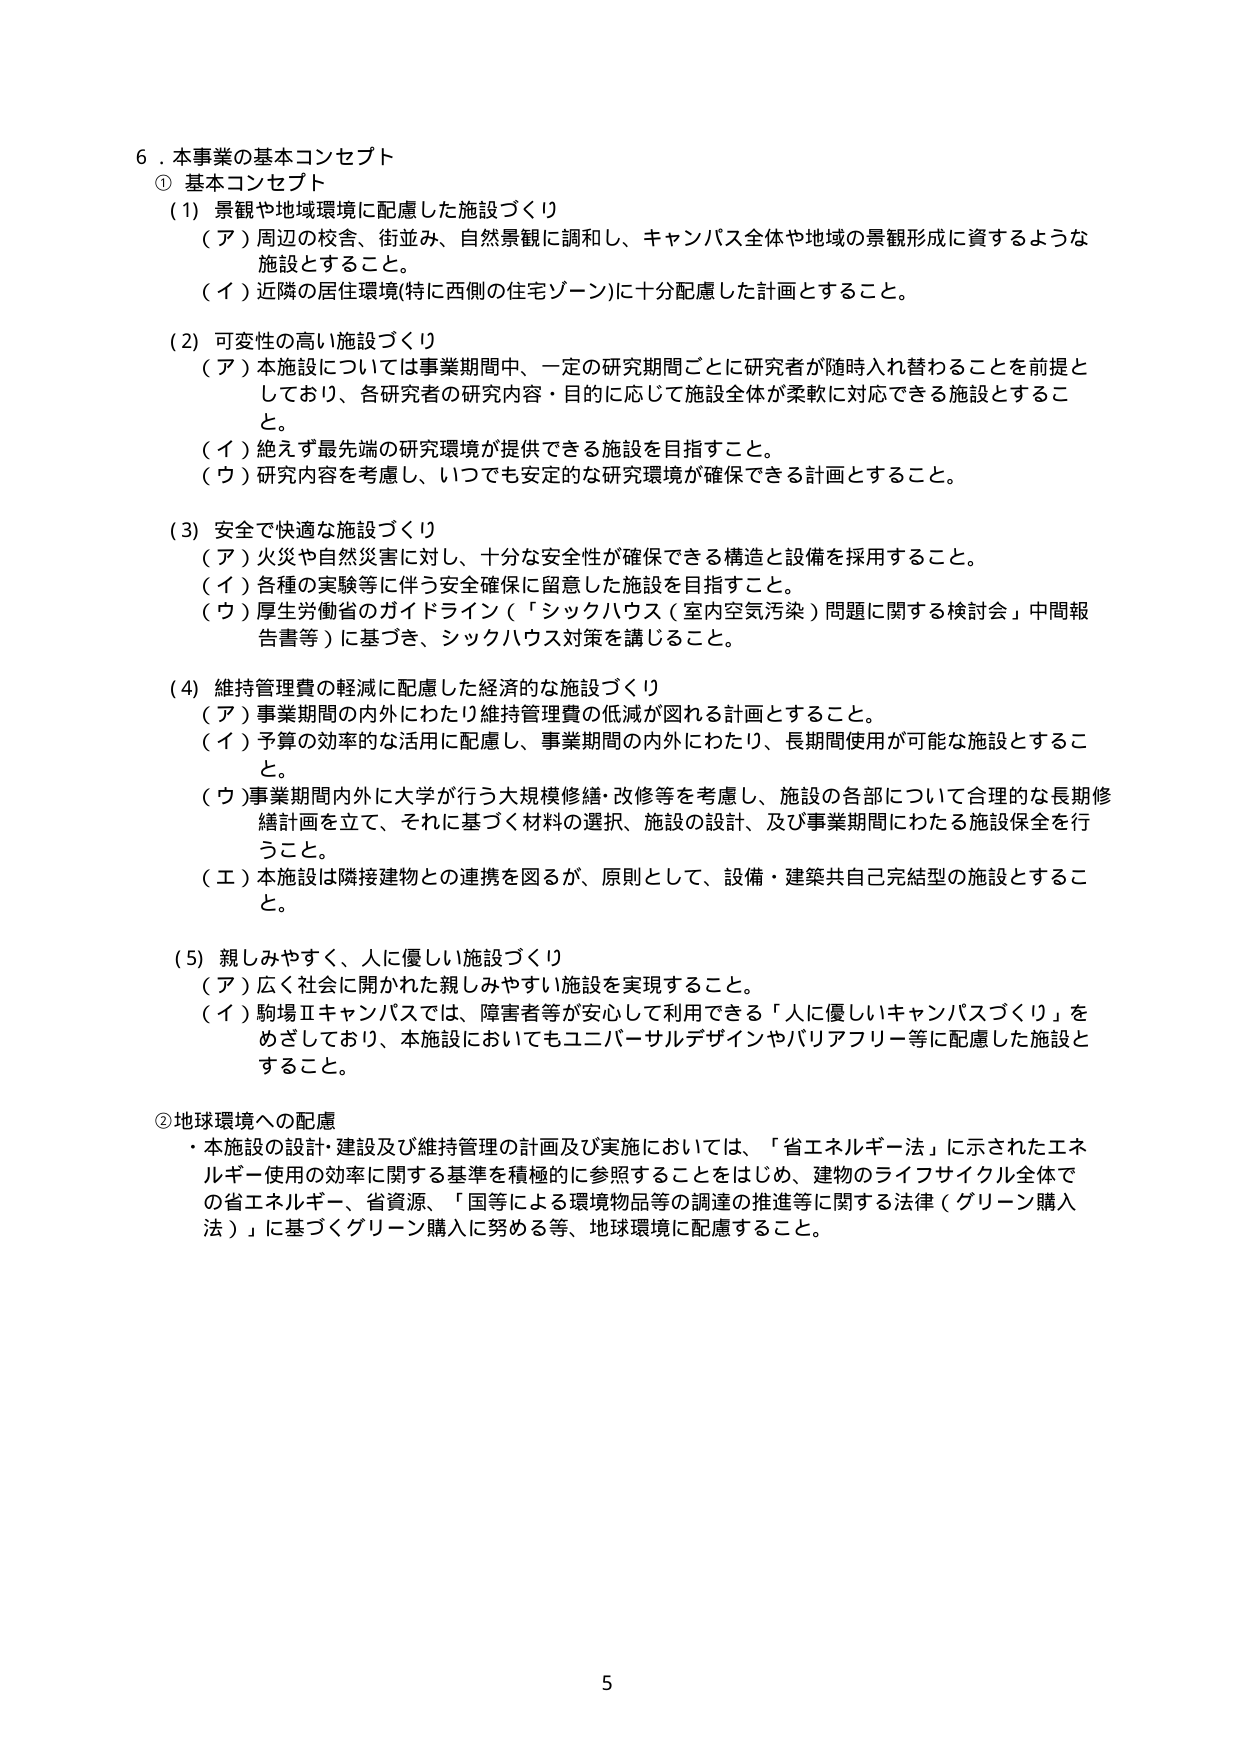
6．本事業の基本コンセプト
① 基本コンセプト
(1) 景観や地域環境に配慮した施設づくり
　（ア）周辺の校舎、街並み、自然景観に調和し、キャンパス全体や地域の景観形成に資するような施設とすること。
　（イ）近隣の居住環境(特に西側の住宅ゾーン)に十分配慮した計画とすること。

(2) 可変性の高い施設づくり
　（ア）本施設については事業期間中、一定の研究期間ごとに研究者が随時入れ替わることを前提としており、各研究者の研究内容・目的に応じて施設全体が柔軟に対応できる施設とすること。
　（イ）絶えず最先端の研究環境が提供できる施設を目指すこと。
　（ウ）研究内容を考慮し、いつでも安定的な研究環境が確保できる計画とすること。

(3) 安全で快適な施設づくり
　（ア）火災や自然災害に対し、十分な安全性が確保できる構造と設備を採用すること。
　（イ）各種の実験等に伴う安全確保に留意した施設を目指すこと。
　（ウ）厚生労働省のガイドライン（「シックハウス（室内空気汚染）問題に関する検討会」中間報告書等）に基づき、シックハウス対策を講じること。

(4) 維持管理費の軽減に配慮した経済的な施設づくり
　（ア）事業期間の内外にわたり維持管理費の低減が図れる計画とすること。
　（イ）予算の効率的な活用に配慮し、事業期間の内外にわたり、長期間使用が可能な施設とすること。
　（ウ）事業期間内外に大学が行う大規模修繕・改修等を考慮し、施設の各部について合理的な長期修繕計画を立て、それに基づく材料の選択、施設の設計、及び事業期間にわたる施設保全を行うこと。
　（エ）本施設は隣接建物との連携を図るが、原則として、設備・建築共自己完結型の施設とすること。

(5) 親しみやすく、人に優しい施設づくり
　（ア）広く社会に開かれた親しみやすい施設を実現すること。
　（イ）駒場Ⅱキャンパスでは、障害者等が安心して利用できる「人に優しいキャンパスづくり」をめざしており、本施設においてもユニバーサルデザインやバリアフリー等に配慮した施設とすること。

②地球環境への配慮
・本施設の設計・建設及び維持管理の計画及び実施においては、「省エネルギー法」に示されたエネルギー使用の効率に関する基準を積極的に参照することをはじめ、建物のライフサイクル全体での省エネルギー、省資源、「国等による環境物品等の調達の推進等に関する法律（グリーン購入法）」に基づくグリーン購入に努める等、地球環境に配慮すること。

5